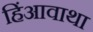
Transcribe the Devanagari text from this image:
हिंआवाथा